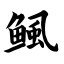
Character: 鲺